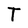
Character: T